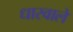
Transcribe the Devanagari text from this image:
धारवाले